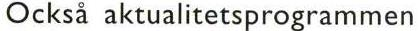
Också aktualitetsprogrammen